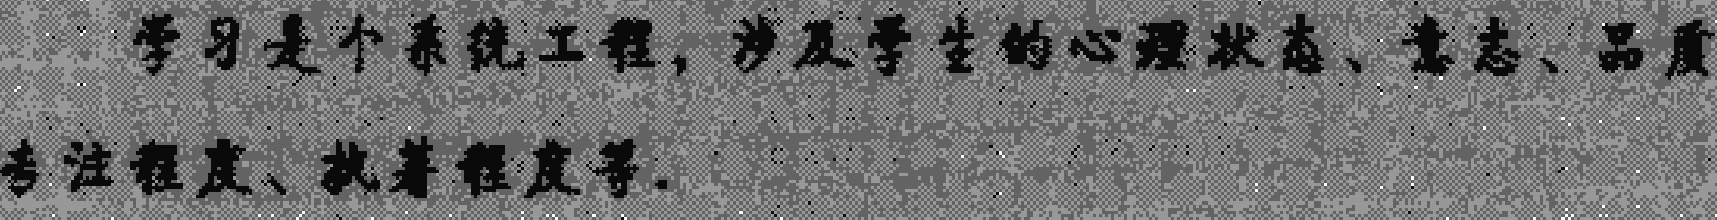
学习是个系统工程，涉及学生的心理状态、意志、品质专注程度、执著程度等.